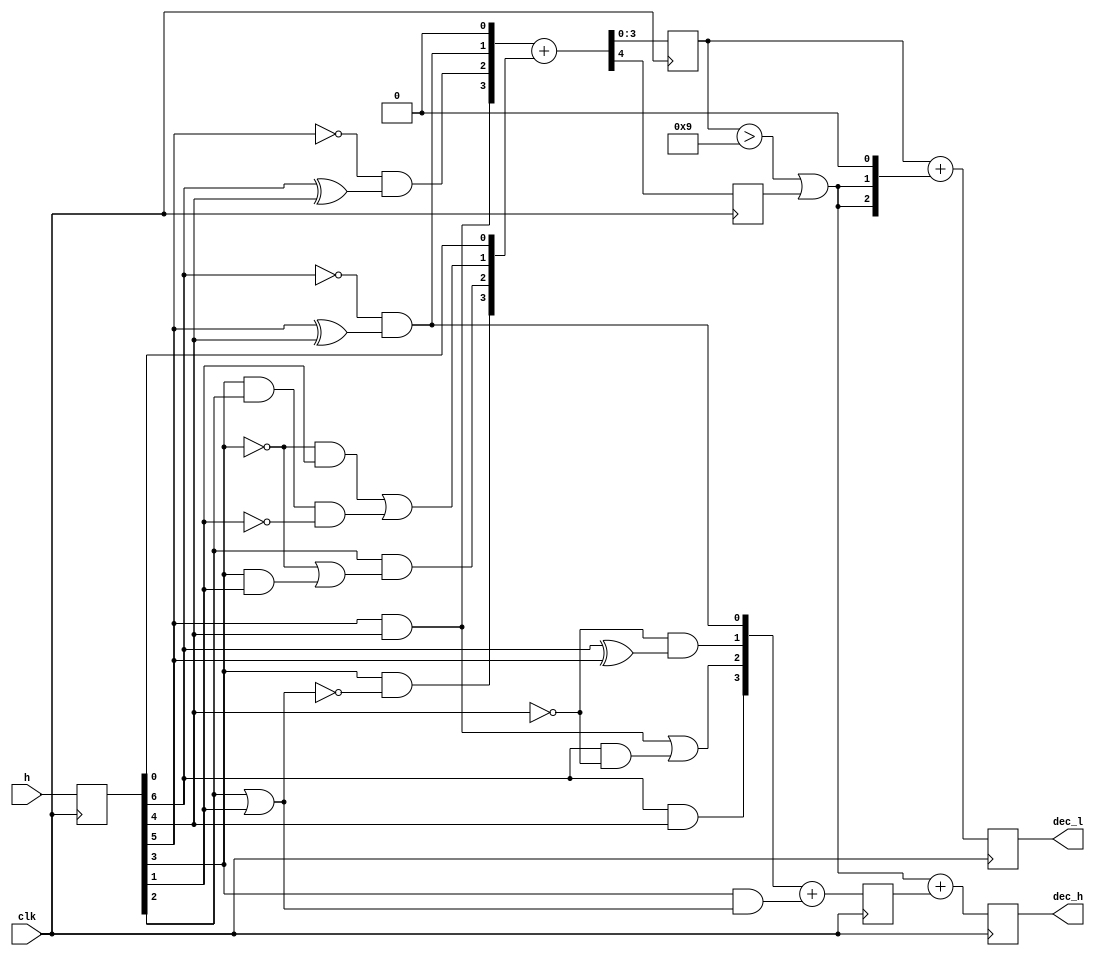
module hex2dec_sol(h, dec_h, dec_l,clk);
	input [6:0] h;
	input clk;
	output [3:0] dec_h, dec_l;
	reg [6:0] h_reg;
	reg [3:0] dec_h_reg, dec_l_reg;
	reg [3:0] e_reg, f_reg;
	reg cout_reg;
	wire[3:0] a,b,c,d,e,f,innerdata;
	wire cout,overten;
		always @(posedge clk) begin
		h_reg <= h;
		end
	assign a[3]=h_reg[6]&h_reg[4];
	assign a[2]=(h_reg[5]&h_reg[4])|(h_reg[6]&~h_reg[4]);
	assign a[1]=(~h_reg[4])&(h_reg[6]^h_reg[5]);
	assign a[0]=(~h_reg[6])&(h_reg[5]^h_reg[4]);
	assign b[3]=h_reg[5]&h_reg[4];
	assign b[2]=(~h_reg[5])&(h_reg[6]^h_reg[4]);
	assign b[1]=(~h_reg[6])&(h_reg[5]^h_reg[4]);
	assign b[0]=0;
	assign c[3:1]=0;
	assign c[0]=h_reg[3]&(h_reg[2]|h_reg[1]);
	assign d[3]=h_reg[3]&~(h_reg[2]|h_reg[1]);
	assign d[2]=h_reg[2]&((~h_reg[3])|(h_reg[3]&h_reg[1]));
	assign d[1]=((~h_reg[3])&h_reg[1])|(h_reg[3]&h_reg[2]&(~h_reg[1]));
	assign d[0]=h_reg[0];
		always @(posedge clk) begin
		e_reg <= a+c;
		end
	//assign e = a+c;
		always @(posedge clk) begin
		{cout_reg,f_reg} <= b+d;
		end
	//assign{cout,f} = b+d;
	assign innerdata = {1'b0,{2{overten|cout_reg}},1'b0};
	assign overten = (f_reg>9);
		always @(posedge clk) begin
		dec_h_reg <= (overten|cout_reg)+e_reg;
		dec_l_reg <= f_reg+innerdata;		
		end
	assign dec_h = dec_h_reg;
	assign dec_l = dec_l_reg;
	//assign dec_h_reg = (overten|cout)+e;
	//assign dec_l = f+innerdata;
endmodule